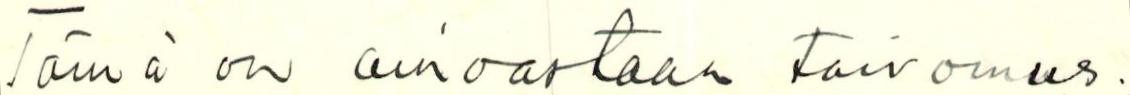
Tämä on ainoastaan toivomus.